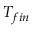
T _ { f i n }